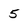
Character: 5